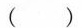
()